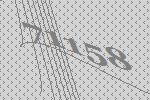
71158